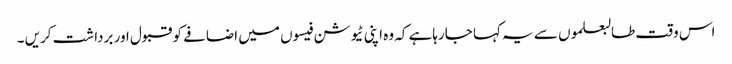
اس وقت طالبعلموں سے یہ کہا جارہاہے کہ وہ اپنی ٹیوشن فیسوں میں اضافے کو قبول اور برداشت کریں ۔